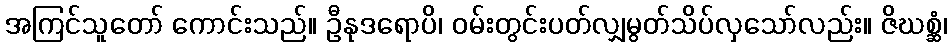
အကြင်သူတော် ကောင်းသည်။ ဦနုဒရောပိ၊ ဝမ်းတွင်းပတ်လျှမွတ်သိပ်လှသော်လည်း။ ဇိဃစ္ဆံ၊